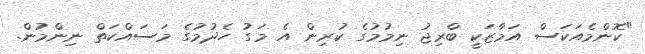
"ކޮންމެއަކަސް އަމާޒަކީ ބްރިޖު ނިމުމުގެ ކުރިން އެ މަގު ހެދުމުގެ މަސައްކަތް ނިންމުން.